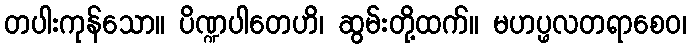
တပါးကုန်သော။ ပိဏ္ဍပါတေဟိ၊ ဆွမ်းတို့ထက်။ မဟပ္ဖလတရာစေဝ၊